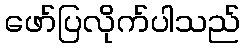
ဖော်ပြလိုက်ပါသည်